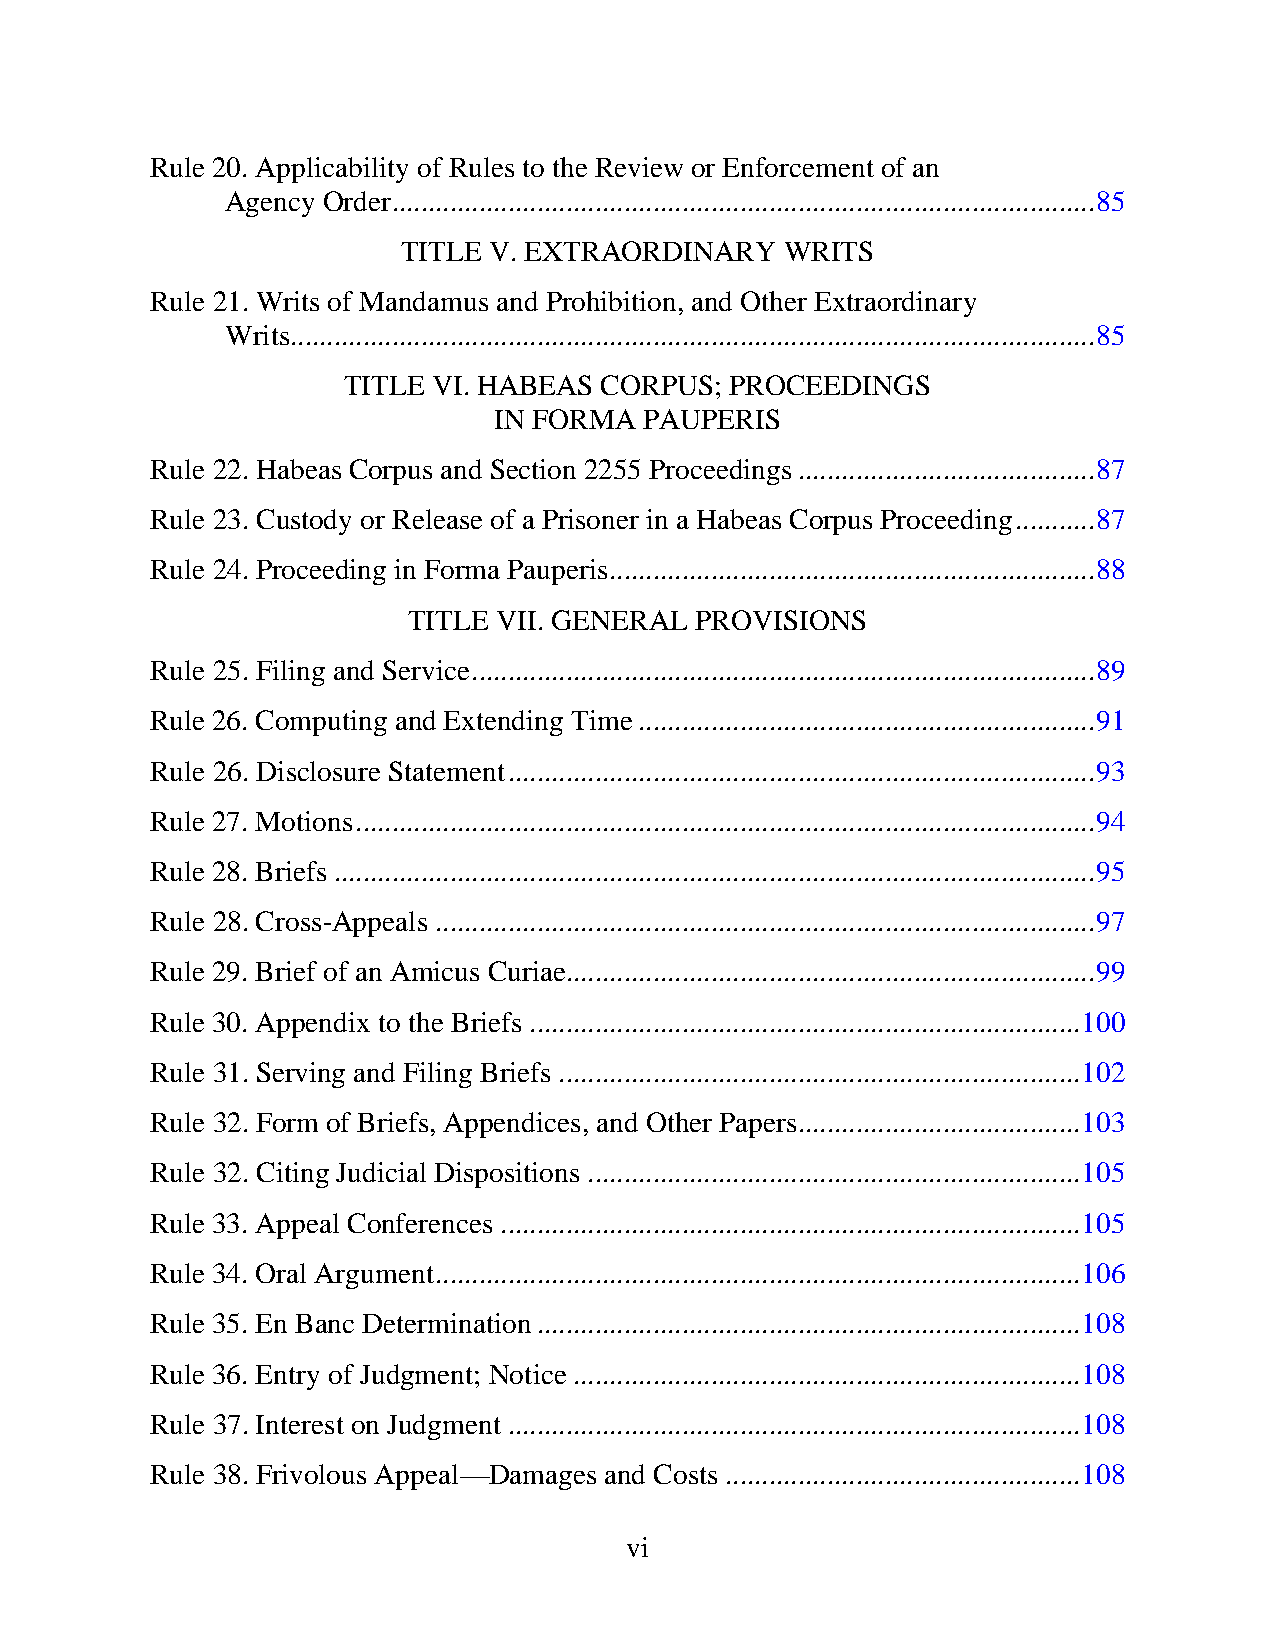
Rule 20. Applicability of Rules to the Review or Enforcement of an
 Agency Order ................................................................................................. 85
 TITLE V. EXTRAORDINARY   WRITS
 Rule 21. Writs of Mandamus and Prohibition, and Other Extraordinary
 Writs ............................................................................................................... 85
 TITLE VI. HABEAS CORPUS; PROCEEDINGS
 IN FORMA  PAUPERIS
 Rule 22. Habeas Corpus and Section 2255 Proceedings ......................................... 87
 Rule 23. Custody or Release of a Prisoner in a Habeas Corpus Proceeding ........... 87
 Rule 24. Proceeding in Forma Pauperis ................................................................... 88
 TITLE VII. GENERAL PROVISIONS
 Rule 25. Filing and Service ...................................................................................... 89
 Rule 26. Computing and Extending Time ............................................................... 91
 Rule 26. Disclosure Statement ................................................................................. 93
 Rule 27. Motions ...................................................................................................... 94
 Rule 28. Briefs ......................................................................................................... 95
 Rule 28. Cross-Appeals ........................................................................................... 97
 Rule 29. Brief of an Amicus Curiae......................................................................... 99
 Rule 30. Appendix to the Briefs ............................................................................ 100
 Rule 31. Serving and Filing Briefs ........................................................................ 102
 Rule 32. Form of Briefs, Appendices, and Other Papers ....................................... 103
 Rule 32. Citing Judicial Dispositions .................................................................... 105
 Rule 33. Appeal Conferences ................................................................................ 105
 Rule 34. Oral Argument ......................................................................................... 106
 Rule 35. En Banc Determination ........................................................................... 108
 Rule 36. Entry of Judgment; Notice ...................................................................... 108
 Rule 37. Interest on Judgment ............................................................................... 108
 Rule 38. Frivolous Appeal—Damages and Costs ................................................. 108
 vi